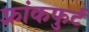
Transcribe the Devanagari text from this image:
फ़्रांकफुर्ट